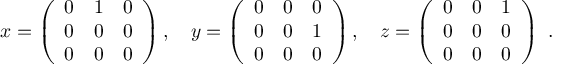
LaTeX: x = \left( { \begin{array} { c c c } { 0 } & { 1 } & { 0 } \\ { 0 } & { 0 } & { 0 } \\ { 0 } & { 0 } & { 0 } \end{array} } \right) , \quad y = \left( { \begin{array} { c c c } { 0 } & { 0 } & { 0 } \\ { 0 } & { 0 } & { 1 } \\ { 0 } & { 0 } & { 0 } \end{array} } \right) , \quad z = \left( { \begin{array} { c c c } { 0 } & { 0 } & { 1 } \\ { 0 } & { 0 } & { 0 } \\ { 0 } & { 0 } & { 0 } \end{array} } \right) ~ . \quad